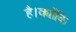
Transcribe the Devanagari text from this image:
है।क्योंकि